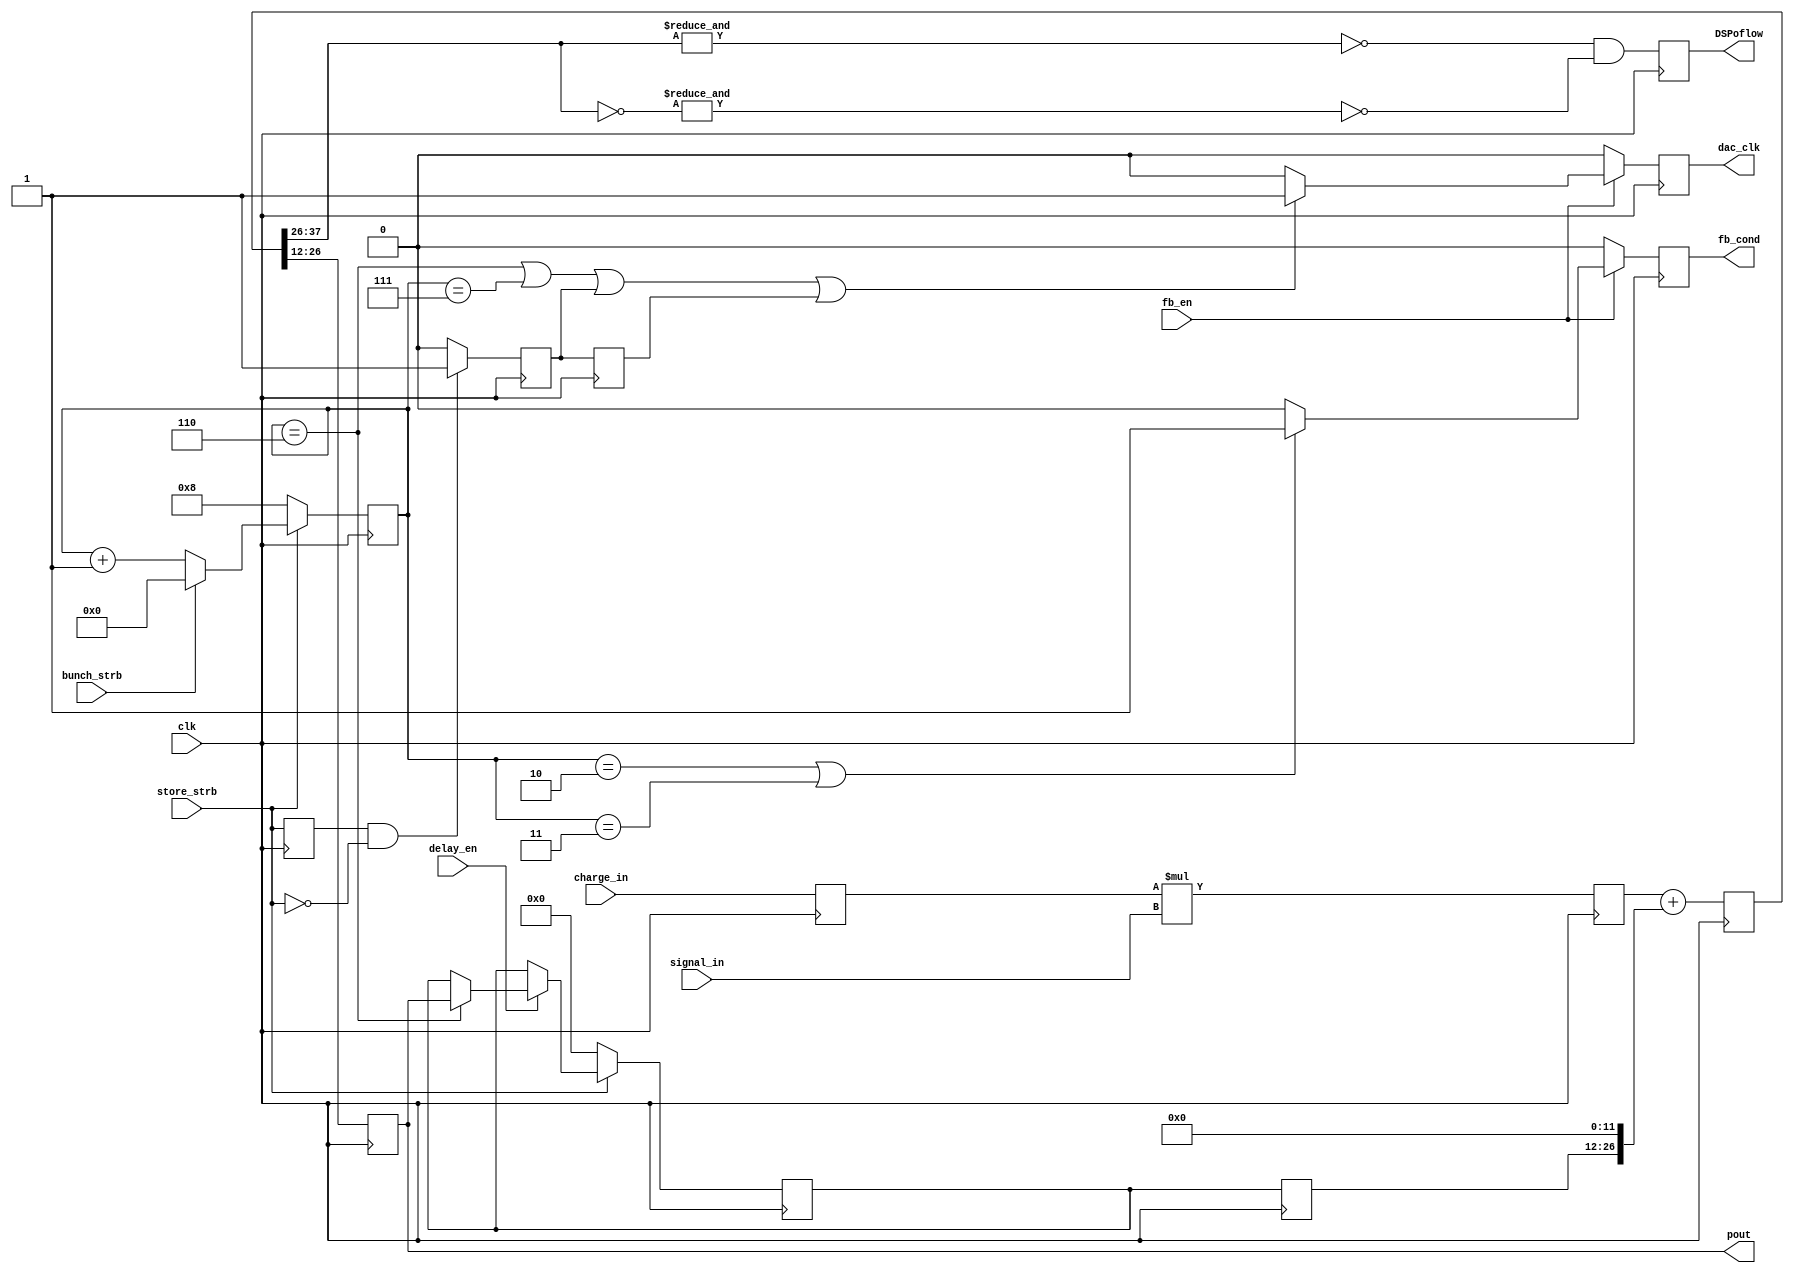
module DSPCalcModule(
			input signed [20:0] charge_in,
			input signed [16:0] signal_in,
			input delay_en,
			input clk,
			input store_strb,
			input fb_en,
			output reg signed [14:0] pout,
			input bunch_strb,
			output reg DSPoflow,
			output reg fb_cond,
			output reg dac_clk
    );
(* equivalent_register_removal = "no"*) reg [7:0] j;
reg signed [37:0]  DSPtemp;
reg signed [14:0] delayed; 
reg signed [37:0] DSPout;
reg signed [20:0] chargeA = 21'd0;
always @ (posedge clk) begin
chargeA <= charge_in;
DSPtemp <= chargeA*signal_in;
DSPout <= DSPtemp+{delayed, 12'b0}; 
pout<=DSPout[26:12];
DSPoflow<=(~&DSPout[37:26] && ~&(~DSPout[37:26]));
end
always @ (posedge clk) begin
if (~store_strb) begin
j<=8;       
 end
else if (bunch_strb) begin j<=0;
end
else if (~bunch_strb) begin
j<=j+1;
end
end
reg [14:0] delayed_a;
always @ (posedge clk) begin
delayed<=delayed_a; 
if (~store_strb) begin
delayed_a<=0;
end
else if (delay_en==1) begin
if (j==6) delayed_a<=pout;
end
end
always @ (posedge clk) begin
if (fb_en) begin
if (j==2||j==3) fb_cond<=1;
else fb_cond<=0;
end
else fb_cond<=0;
end
(* equivalent_register_removal = "no"*) reg delay_store_strb;
reg clr_dac;
reg delay_clr_dac;
always @ (posedge clk) begin
if (fb_en) begin
if (j==6||j==7||clr_dac==1||delay_clr_dac==1) dac_clk<=1;
else dac_clk<=0;
end
else dac_clk<=0;
end
always @(posedge clk) begin
delay_store_strb<=store_strb;
delay_clr_dac<=clr_dac;
if ((delay_store_strb==1)&(store_strb==0)) clr_dac<=1;
else clr_dac<=0;
end
endmodule